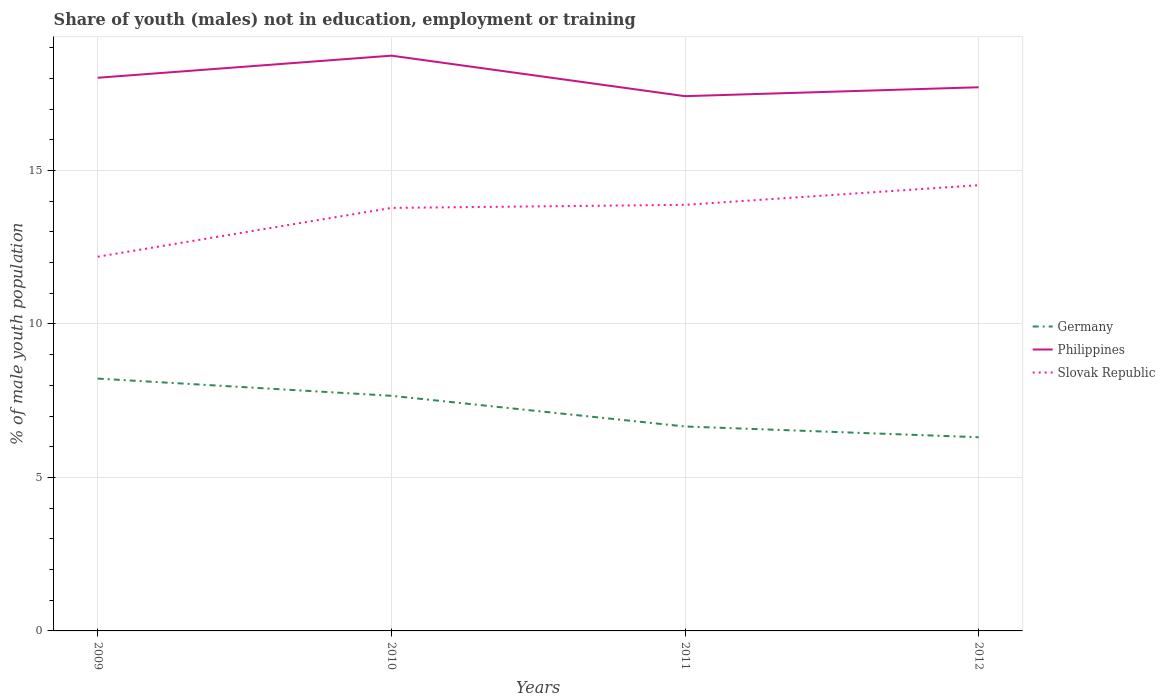
| Years | Germany | Philippines | Slovak Republic |
 | --- | --- | --- | --- |
 | 2009 | 8.22 | 18 | 12.2 |
 | 2010 | 7.66 | 18.7 | 13.8 |
 | 2011 | 6.66 | 17.4 | 13.9 |
 | 2012 | 6.31 | 17.7 | 14.5 |